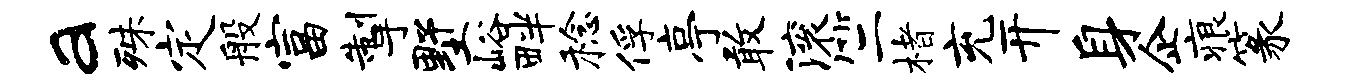
a殊定般富掣墅峪畔稔俘亭敢滚竺楮充开身企痕篆